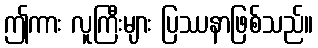
ဤကား လူကြီးများ ပြဿနာဖြစ်သည်။